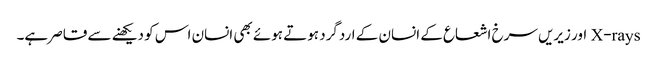
X-rays اور زیریں سرخ اشعاع کے انسان کے اردگرد ہوتے ہوئے بھی انسان اس کو دیکھنے سے قاصر ہے۔